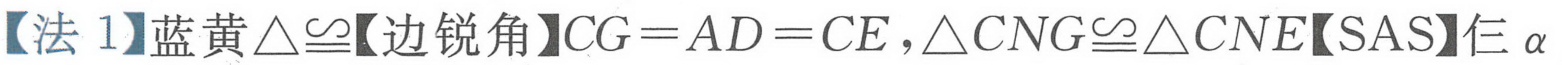
【法 1】蓝黄\(\triangle\cong\)【边锐角】\(CG = AD = CE\)，\(\triangle CNG\cong\triangle CNE\)【SAS】仨\(\alpha\)